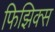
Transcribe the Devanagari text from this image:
फिझिक्स